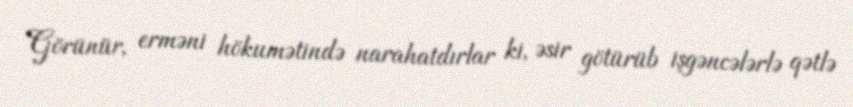
Görünür, erməni hökumətində narahatdırlar ki, əsir götürüb işgəncələrlə qətlə